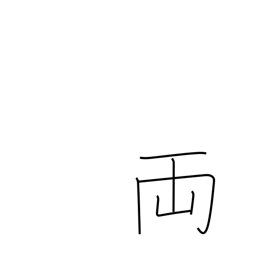
Meaning: old Japanese coin